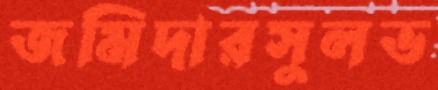
জমিদারসুলভ